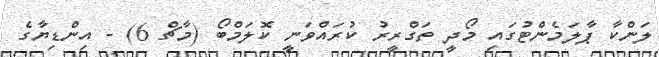
ލަންކާ ޕާލަމެންޓުގައި މޯދީ ތަގްރީރު ކުރައްވަނީ ކޮލަމްބޯ (މާޗް 6) - އިންޑިޔާގެ